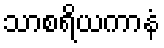
သာစရိယကာနံ